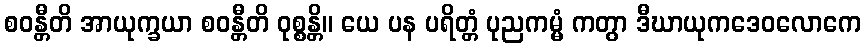
စဝန္တီတိ အာယုက္ခယာ စဝန္တီတိ ဝုစ္စန္တိ။ ယေ ပန ပရိတ္တံ ပုညကမ္မံ ကတွာ ဒီဃာယုကဒေဝလောကေ